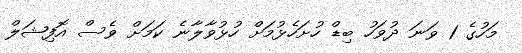
މަހުގެ 1 ވަނަ ދުވަހު ބިޑް ހުށަހެޅުމަށް ހުޅުވާލާނެ ކަމަށް ވެސް އޮފިޝަލް